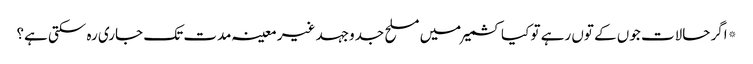
*اگر حالات جوں کے توں رہے تو کیا کشمیر میں مسلح جدوجہد غیر معینہ مدت تک جاری رہ سکتی ہے؟